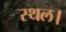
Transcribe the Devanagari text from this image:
स्‍थल।